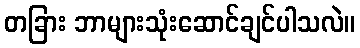
တခြား ဘာများသုံးဆောင်ချင်ပါသလဲ။